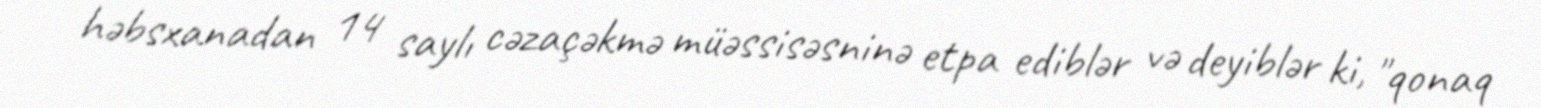
həbsxanadan 14 saylı cəzaçəkmə müəssisəsninə etpa ediblər və deyiblər ki, "qonaq